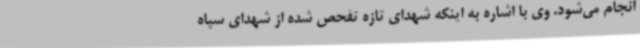
انجام می‌شود. وی با اشاره به اینکه شهدای تازه تفحص شده از شهدای سپاه